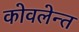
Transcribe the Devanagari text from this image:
कोवलेन्त